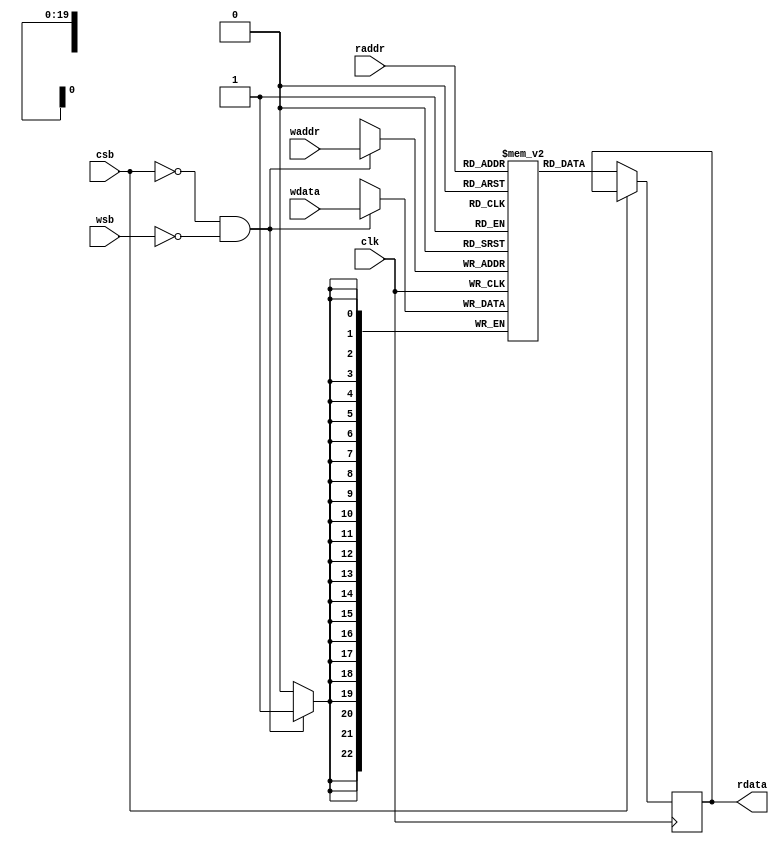
module sram_Nx23b 
#(
parameter N = 600000,
parameter ACT_PER_ADDR = 1,
parameter BW_PER_ACT = 23,
parameter STORE_BW = 20
)
(
input clk,
input csb,  // chip enable
input wsb,  // write enable
input [ACT_PER_ADDR*BW_PER_ACT-1:0] wdata, // 23 bit per sram address
input [STORE_BW-1:0] waddr, // write address
input [STORE_BW-1:0] raddr, // read address

output reg [ACT_PER_ADDR*BW_PER_ACT-1:0] rdata // read data of one pixel (23 bits)
);

reg [ACT_PER_ADDR*BW_PER_ACT-1:0] _rdata;
reg [ACT_PER_ADDR*BW_PER_ACT-1:0] mem [0:N-1];

always @(posedge clk) begin
    if(~csb && ~wsb) begin
        mem[waddr] <= wdata;
    end
end

always @(posedge clk) begin
    if(~csb) begin
        _rdata <= mem[raddr];
    end
end

always @* begin
    rdata = #(1) _rdata;
end

task load_param(
    input integer index,
    input [ACT_PER_ADDR*BW_PER_ACT-1:0] param_input
);
    mem[index] = param_input;
endtask

endmodule